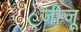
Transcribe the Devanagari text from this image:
जीजू